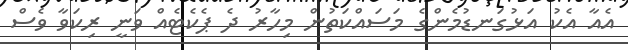
އެއާ އެކު އަޅުގަނޑުމެންގެ މަސައްކަތުން މިހާރު ދެ ޕެކެޓެއް ވަނީ ރިކަވާ ވެސް